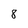
Character: 8